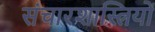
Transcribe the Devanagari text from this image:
संचारशास्त्रियों